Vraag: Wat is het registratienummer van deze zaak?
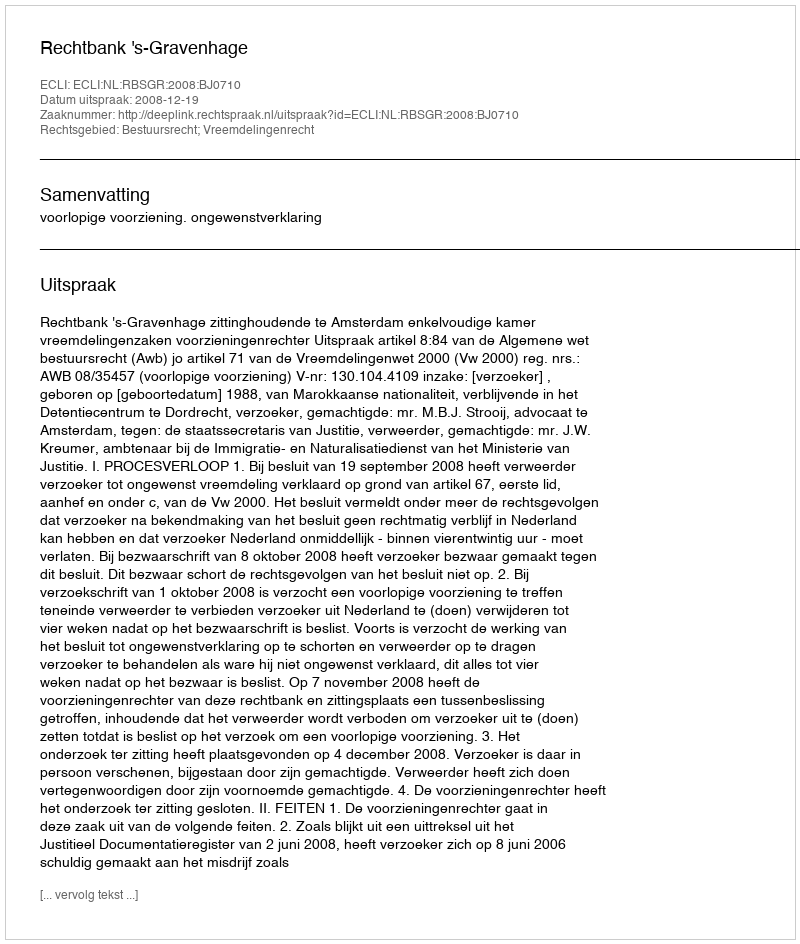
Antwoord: http://deeplink.rechtspraak.nl/uitspraak?id=ECLI:NL:RBSGR:2008:BJ0710